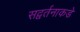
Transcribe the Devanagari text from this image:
सद्वर्तनाकडे